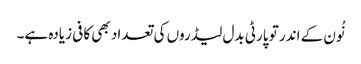
نُون کے اندر تو پارٹی بدل لیڈروں کی تعداد بھی کافی زیادہ ہے۔